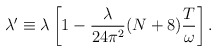
\begin{align*}\lambda' \equiv \lambda \left[ 1 - \frac{\lambda}{2 4 \pi^2} (N + 8) \frac{T}{\omega} \right] . \end{align*}